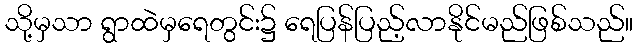
သို့မှသာ ရွာထဲမှရေတွင်း၌ ရေပြန်ပြည့်လာနိုင်မည်ဖြစ်သည်။